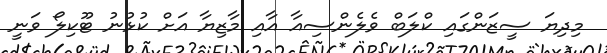
މިދިޔަ ސީޒަންގައި ކްލަބް ވެލެންސިއާ އާއި މާޒިޔާ އަށް ކުޅުނު ޓޫކިލޯ ވަނީ